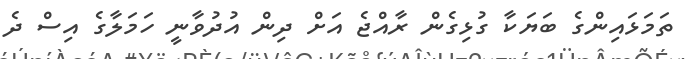
ތަމަޅައިންގެ ބަޔަކާ ގުޅިގެން ރާއްޖެ އަށް ދިން އުދުވާނީ ހަމަލާގެ އިސް ދެ